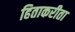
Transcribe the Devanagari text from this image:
हिताकरीता